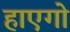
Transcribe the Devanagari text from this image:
हाएगो